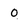
Character: 0